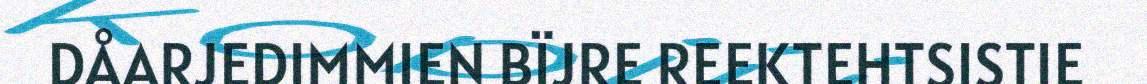
DÅARJEDIMMIEN BÏJRE REEKTEHTSISTIE